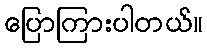
ပြောကြားပါတယ်။